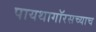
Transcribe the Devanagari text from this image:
पायथागॉरसच्याच